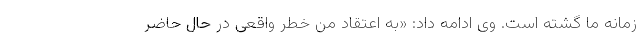
زمانه ما گشته است. وی ادامه داد: «به اعتقاد من خطر واقعی در حال حاضر